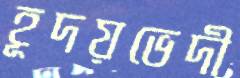
হূদয়ভেদী